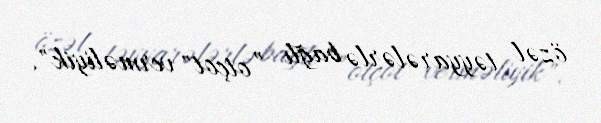
özəl təyyarələrlə bağlı ”otçot" verməliyik".